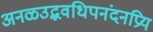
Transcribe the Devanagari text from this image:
अनळउद्भवधिपनंदनप्रिय